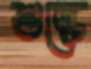
শুল্কে